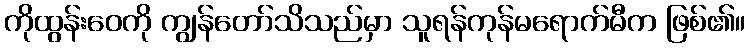
ကိုထွန်းဝေကို ကျွန်တော်သိသည်မှာ သူရန်ကုန်မရောက်မီက ဖြစ်၏။